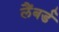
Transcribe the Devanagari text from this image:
लैंबर्ड